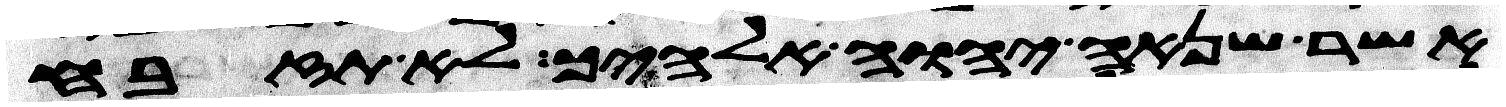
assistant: אשר שנאה יהוה אלהיך לא תזבח